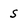
Character: s